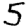
Digit: 5